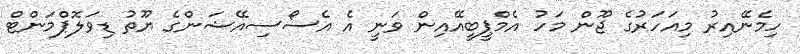
ހިމެނޭއިރު މިއަހަރުގެ ޖޫން މަހު އެމްޕީބީއޭއިން ވަނީ އެ އެސޯސިއޭޝަންގެ ޔޫތު ޑިވަލޮޕްމަންޓް